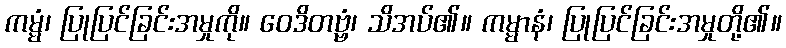
ကမ္မံ၊ ပြုပြင်ခြင်းအမှုကို။ ဝေဒိတဗ္ဗံ၊ သိအပ်၏။ ကမ္မာနံ၊ ပြုပြင်ခြင်းအမှုတို့၏။